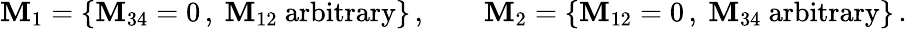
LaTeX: {\cal\mathbf{M}}_{1}=\{ \mathbf{M}_{34}=0\, ,~\mathbf{M}_{12}\mathrm{{~arbitrary}}\} \, ,\qquad{\cal\mathbf{M}}_{2}=\{ \mathbf{M}_{12}=0\, ,~\mathbf{M}_{34}\mathrm{{~arbitrary}}\} \, .